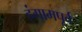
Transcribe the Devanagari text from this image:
हंगामपूर्व